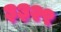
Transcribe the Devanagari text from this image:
३३२९